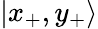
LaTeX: |x_{+},y_{+}\rangle